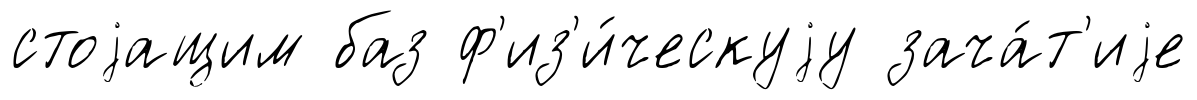
стоjащим баз ф'из'и́ческуjу зача́т'иjе